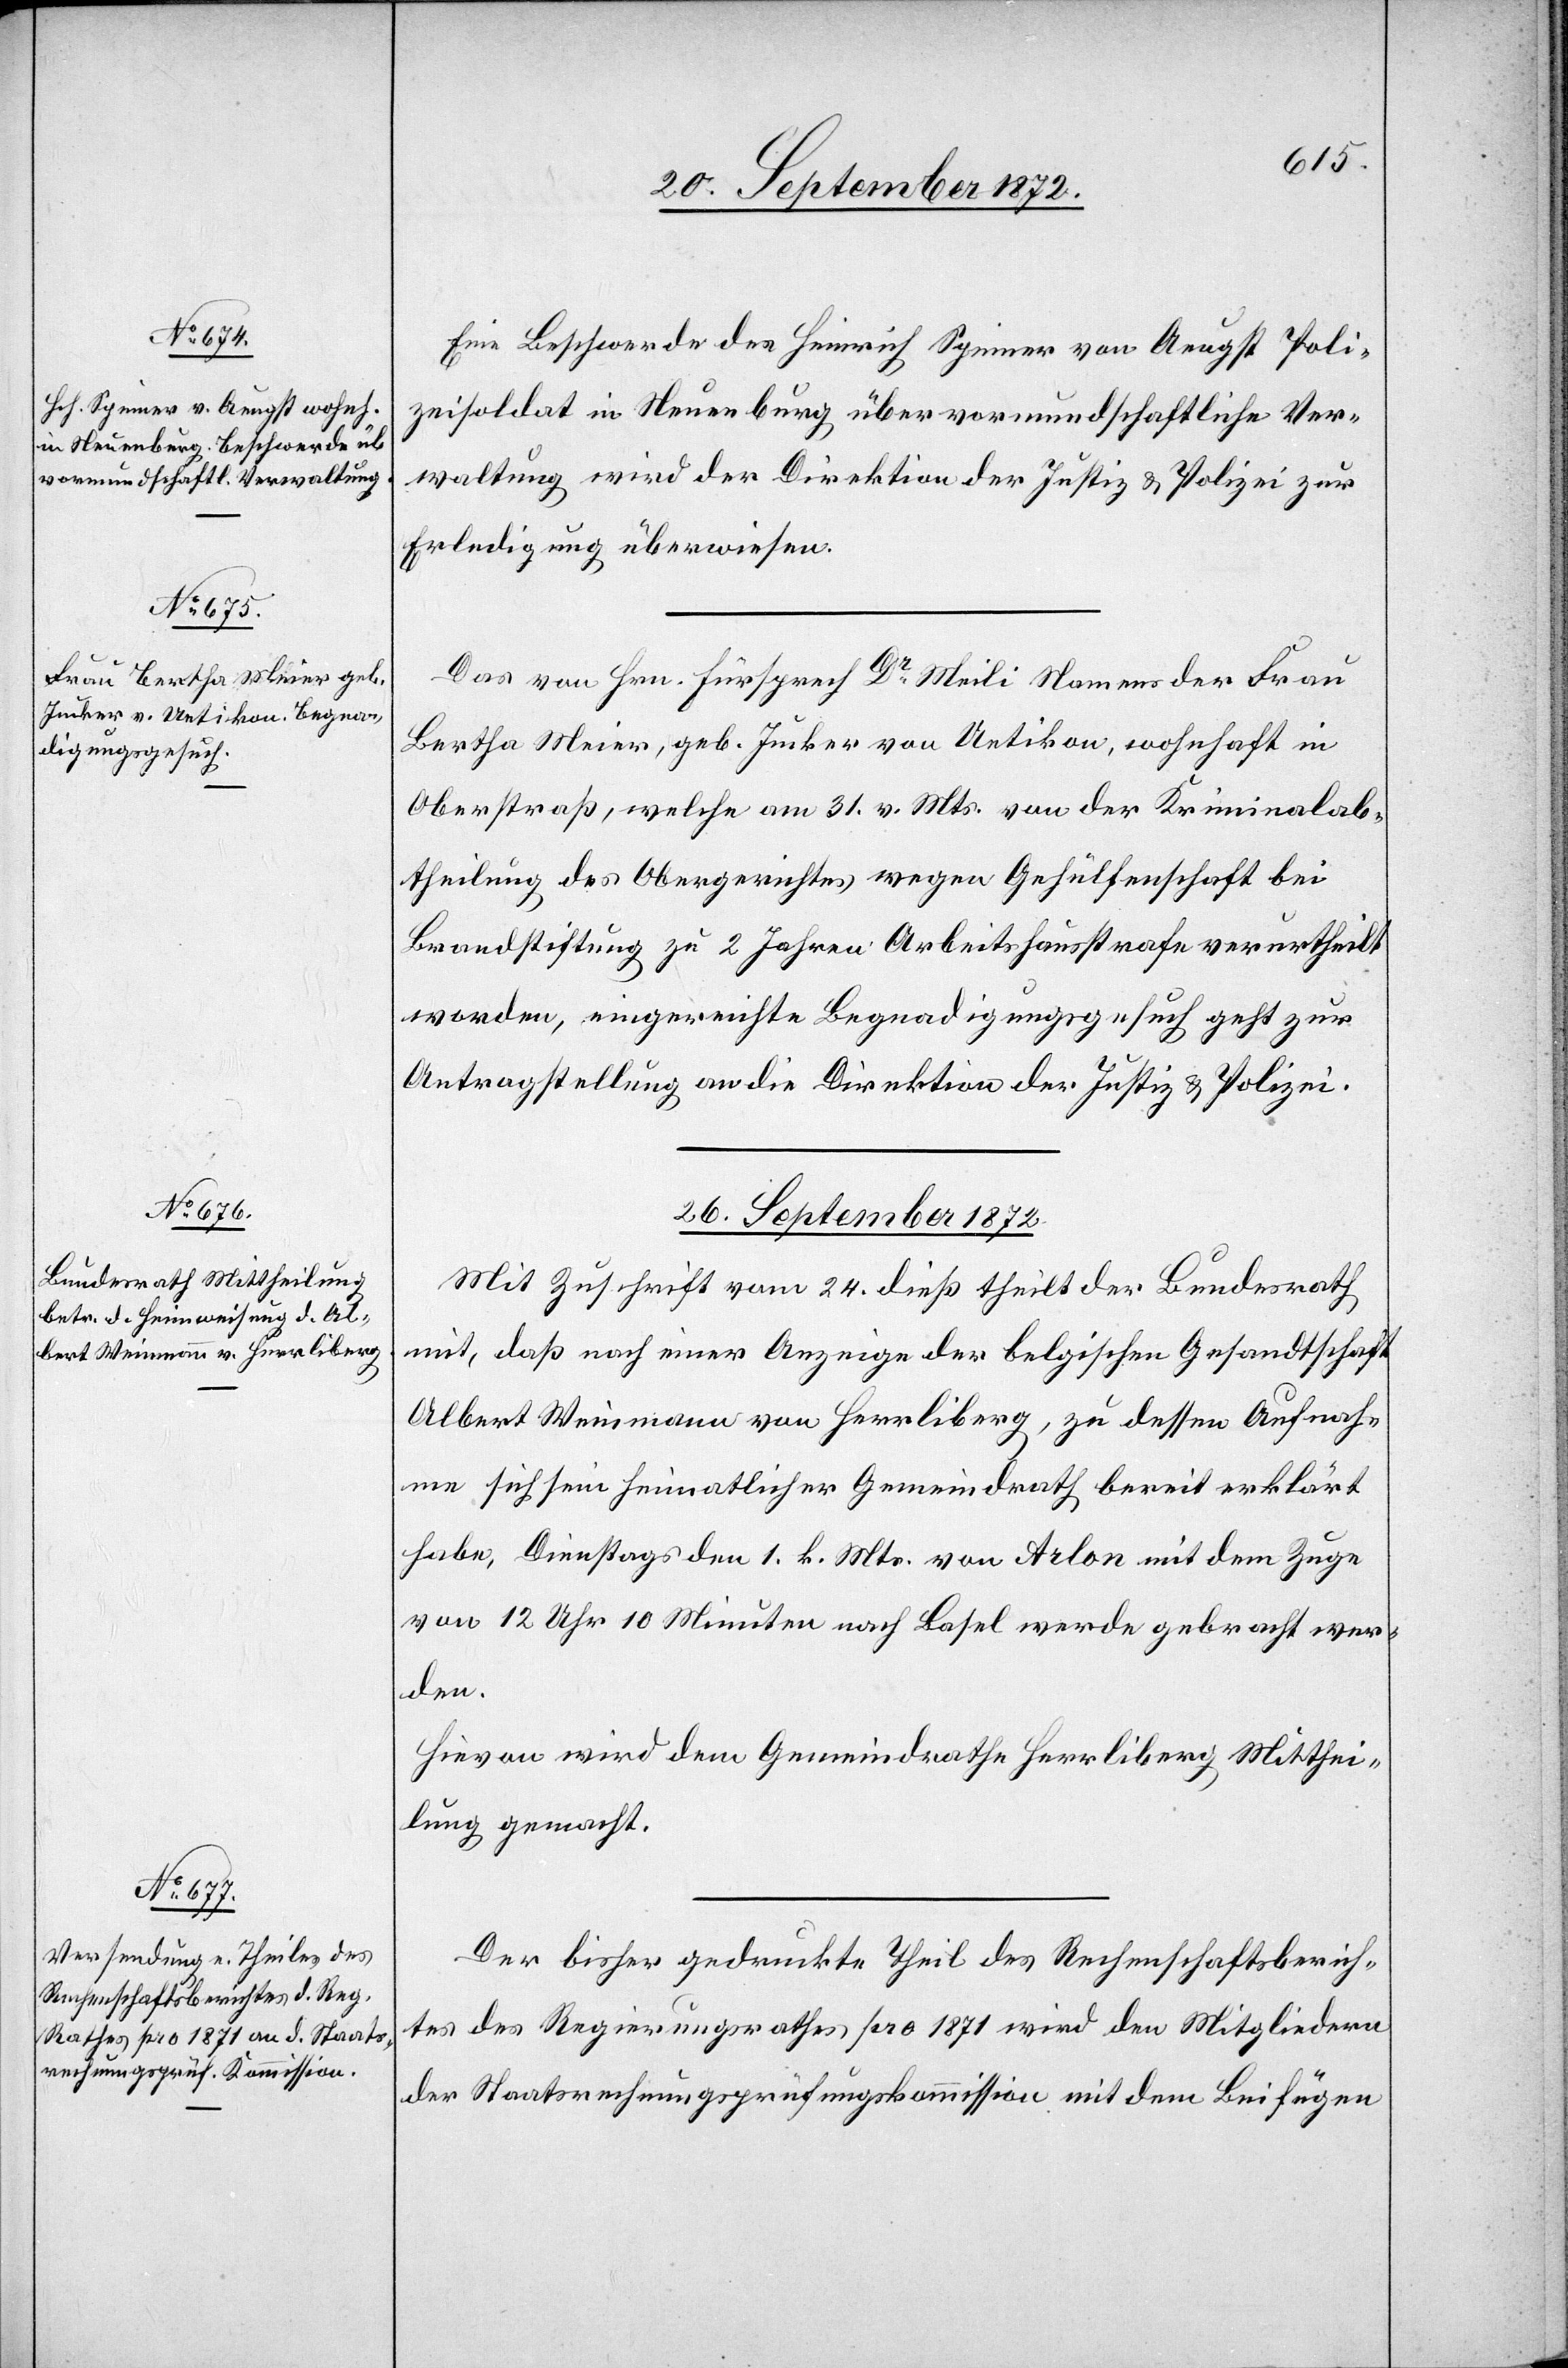
Eine Beschwerde des Heinrich Spinner von Aeugst Poli¬
zeisoldat in Neuenburg über vormundschaftliche Ver¬
waltung wird der Direktion der Justiz u. Polizei zur
Erledigung überwiesen.
Das von Hrn. Fürsprech Dr Meili Namens der Frau
Bertha Meier, geb. Jucker von Uetikon, wohnhaft in
Oberstraße, welche am 31. v. Mts. von der Kriminalab¬
theilung des Obergerichtes wegen Gehülfenschaft bei
Brandstiftung zu 2 Jahren Arbeitshausstrafe verurtheilt
worden, eingereichte Begnadigungsgesuch geht zur
Antragstellung an die Direktion der Justiz u. Polizei.
26. September 1872.]
Mit Zuschrift vom 24. dieß theilt der Bundesrath
mit, daß nach einer Anzeige der belgischen Gesandtschaft
Albert Weinmann von Herrliberg, zu dessen Aufnah¬
me sich sein heimatlicher Gemeindrath bereit erklärt
habe, Dienstags den 1. k. Mts. von Arlon mit dem Zuge
von 12 Uhr 10 Minuten nach Basel werde gebracht wer¬
den.
Hievon wird dem Gemeindrathe Herrliberg Mitthei¬
lung gemacht.
Der bisher gedruckte Theil des Rechenschaftsberich¬
tes des Regierungsrathes pro 1871 wird den Mitgliedern
der Staatsrechnungsprüfungskommission mit dem Beifügen